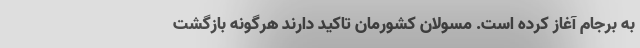
به برجام آغاز کرده است. مسولان کشورمان تاکید دارند هرگونه بازگشت